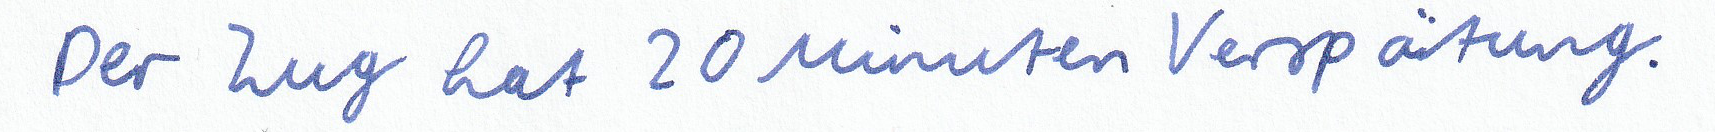
Der Zug hat 20 Minuten Verspätung.